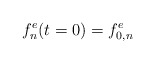
\begin{align*}f_n^e(t = 0) = f_{0, n }^e\end{align*}